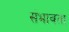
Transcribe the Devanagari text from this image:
संभावता